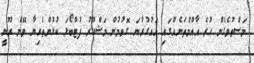
މަސްތުވެގެން ހުރެ އާއްމުތަނެއްގައި އައުގުރާނަ ގޮވުމުން މަޝްހޫރު ފުޓްބޯޅަ ކުޅުންތެރިޔާ ވޭން ރޫނީ